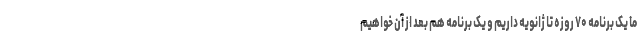
ما یک برنامه ۷۰ روزه تا ژانویه داریم و یک برنامه هم بعد از آن خواهیم